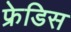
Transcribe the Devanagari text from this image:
फ्रेडिस